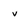
Character: v